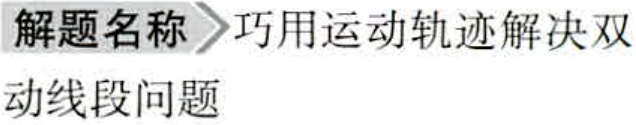
解题名称\(>\)巧用运动轨迹解决双
动线段问题